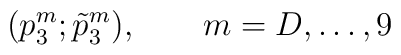
(p_{3}^m ; \tilde p_{3}^m), \qquad m = D, \ldots, 9